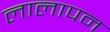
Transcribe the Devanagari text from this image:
लालापन